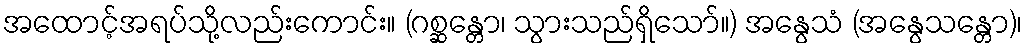
အထောင့်အရပ်သို့လည်းကောင်း။ (ဂစ္ဆန္တော၊ သွားသည်ရှိသော်။) အနွေသံ (အနွေသန္တော)၊